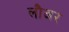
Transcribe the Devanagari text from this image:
लौअर